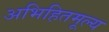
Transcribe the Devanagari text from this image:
अभिहितमूल्य